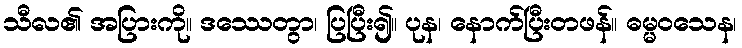
သီလ၏ အပြားကို။ ဒဿေတွာ၊ ပြပြီး၍။ ပုန၊ နောက်ပြီးတဖန်။ ဓမ္မဝသေန၊